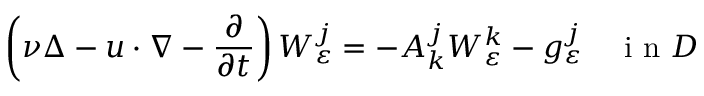
\left( \nu \Delta - u \cdot \nabla - \frac { \partial } { \partial t } \right) W _ { \varepsilon } ^ { j } = - A _ { k } ^ { j } W _ { \varepsilon } ^ { k } - g _ { \varepsilon } ^ { j } \quad \textrm { i n } D